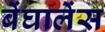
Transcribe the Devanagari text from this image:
बेंघालेंस